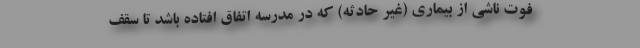
فوت ناشی از بیماری (غیر حادثه) که در مدرسه اتفاق افتاده باشد تا سقف